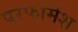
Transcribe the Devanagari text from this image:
परफॉमेंश